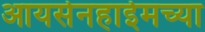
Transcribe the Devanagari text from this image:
आयसेनहाईमच्या